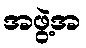
အဖွဲ့အ